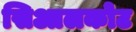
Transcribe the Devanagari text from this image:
सिआलकोट